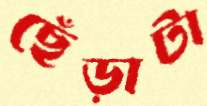
ছেঁড়াটা